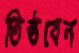
তিষ্ঠবেন